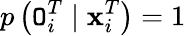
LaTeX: p\left(\mathtt{O}_{i}^{T}\mid\mathbf{x}_{i}^{T}\right)=1